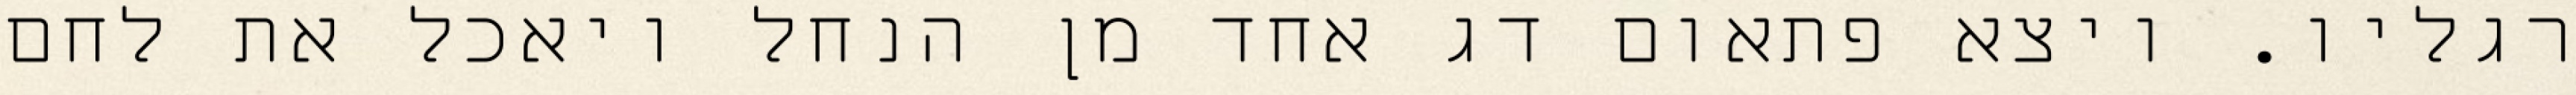
רגליו. ויצא פתאום דג אחד מן הנחל ויאכל את לחם